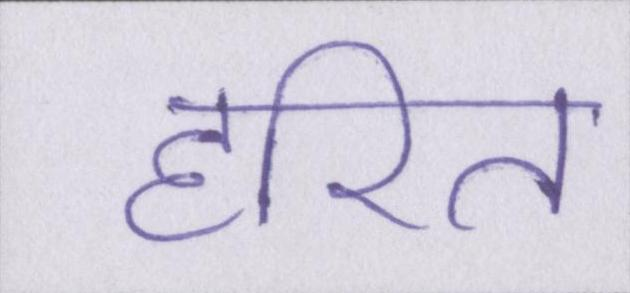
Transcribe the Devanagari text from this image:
हरित